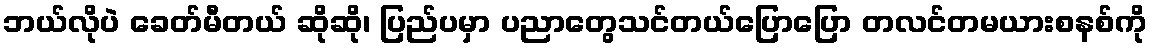
ဘယ်လိုပဲ ခေတ်မီတယ် ဆိုဆို၊ ပြည်ပမှာ ပညာတွေသင်တယ်ပြောပြော တလင်တမယားစနစ်ကို